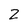
Character: 2